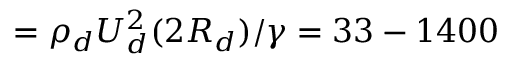
= \rho _ { d } U _ { d } ^ { 2 } ( 2 R _ { d } ) / \gamma = 3 3 - 1 4 0 0